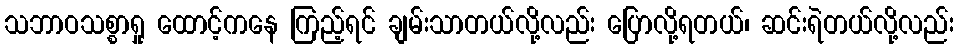
သဘာဝသစ္စာရှု ထောင့်ကနေ ကြည့်ရင် ချမ်းသာတယ်လို့လည်း ပြောလို့ရတယ်၊ ဆင်းရဲတယ်လို့လည်း